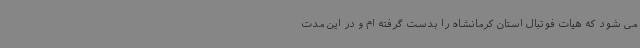
می شود که هیات فوتبال استان کرمانشاه را بدست گرفته ام و در این مدت